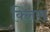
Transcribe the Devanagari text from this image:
क्लिस